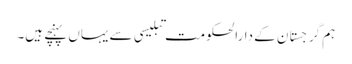
ہم گرجستان کے دارالحکومت تبلیسی سے یہاں پہنچے ہیں۔